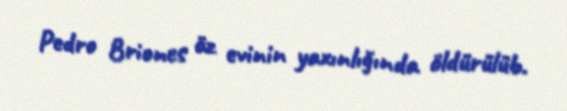
Pedro Briones öz evinin yaxınlığında öldürülüb.